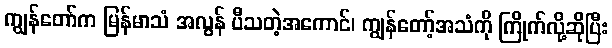
ကျွန်တော်က မြန်မာသံ အလွန် ပီသတဲ့အကောင်၊ ကျွန်တော့်အသံကို ကြိုက်လို့ဆိုပြီး